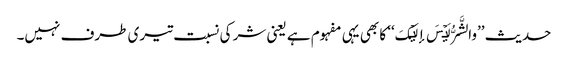
حدیث ’’والشَّرُّ لَیۡسَ إلَیۡکَ‘‘ کا بھی یہی مفہوم ہے یعنی شر کی نسبت تیری طرف نہیں۔